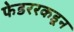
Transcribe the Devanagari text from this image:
फेडररकडून